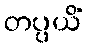
တပ္ပယိံ